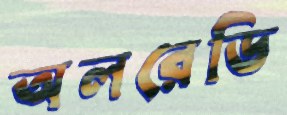
অলরেডি